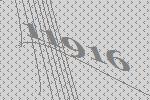
11916